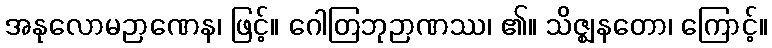
အနုလောမဉာဏေန၊ ဖြင့်။ ဂေါတြဘုဉာဏဿ၊ ၏။ သိဇ္ဈနတော၊ ကြောင့်။